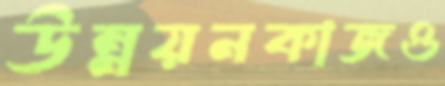
উন্নয়নকাজও